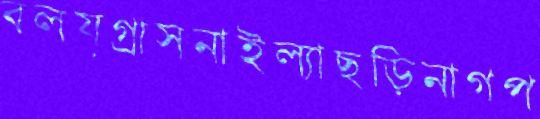
বলয়গ্রাসনাইল্যাছড়িনাগপ